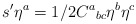
\begin{align*}s' \eta^a = 1/2 C^a{}_{bc} \eta^b \eta^c\end{align*}